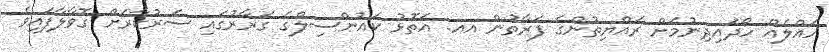
ހައްލެއް ހޯދައިދިނުމަށް ރައްޔިތުންގެ ފަރާތުން އއ. އަތޮޅު ކައުންސިލްގެ ގަރާރުގައި ސަރުކާރަށް ގޮވާލާފައިވެ